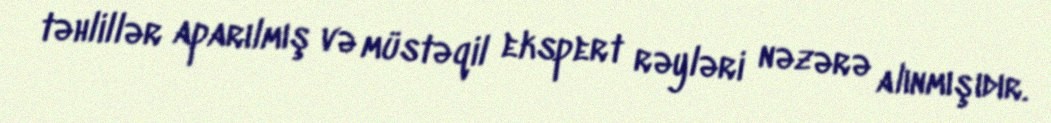
təhlillər aparılmış və müstəqil ekspert rəyləri nəzərə alınmışıdır.